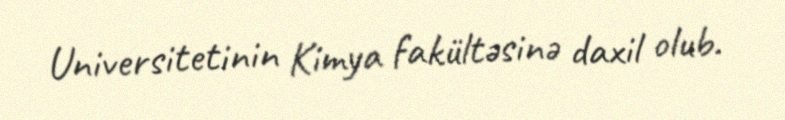
Universitetinin Kimya fakültəsinə daxil olub.